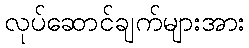
လုပ်ဆောင်ချက်များအား